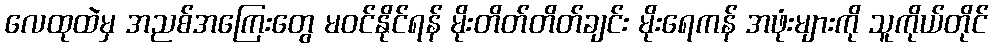
လေထုထဲမှ အညစ်အကြေးတွေ မဝင်နိုင်ရန် မိုးတိတ်တိတ်ချင်း မိုးရေကန် အဖုံးများကို သူကိုယ်တိုင်